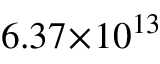
6 . 3 7 \! \times \! 1 0 ^ { 1 3 }